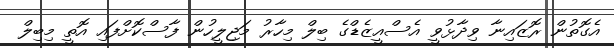
އެގޮތުން ރޮޒައިނާ ވިދާޅުވީ އެސްއީޒެޑްގެ ބިލް މިހާރު މަޖިލީހުން ފާސްކޮށްފައި އޮތީ މިބިލް